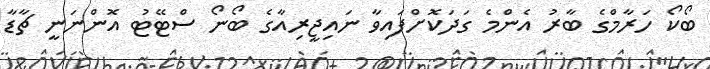
ބޯކޯ ހަރާމްގެ ބާރު އެންމެ ގަދަކޮށްފައިވާ ނައިޖީރިއާގެ ބޯނޯ ސްޓޭޓު އޮންނަނީ ޗާޑާ